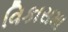
વિકાસમા